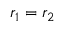
r _ { 1 } = r _ { 2 }